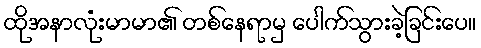
ထိုအနာလုံးမာမာ၏ တစ်နေရာမှ ပေါက်သွားခဲ့ခြင်းပေ။